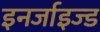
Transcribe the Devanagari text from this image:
इनर्जाइज्ड